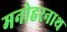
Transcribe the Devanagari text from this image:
मनोहरनाथ